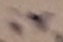
Text: ir